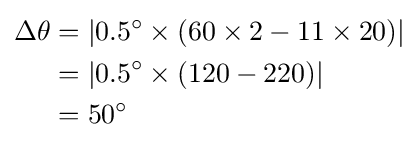
{\begin{aligned}\Delta \theta &=\vert 0.5^{\circ }\times (60\times 2-11\times 20)\vert \\&=\vert 0.5^{\circ }\times (120-220)\vert \\&=50^{\circ }\end{aligned}}